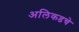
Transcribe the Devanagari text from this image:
अलिकडचे